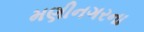
મણીનગરના